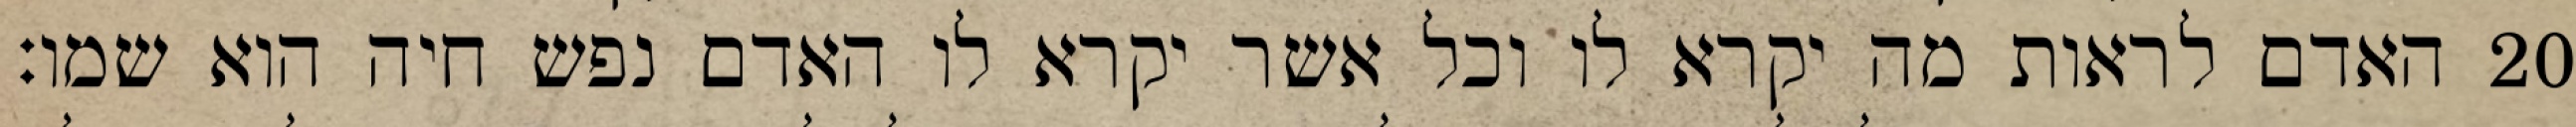
האדם לראות מה יקרא לו וכל אשר יקרא לו האדם נפש חיה הוא שמו׃ ‎20‏